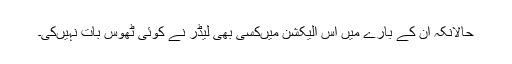
حالانکہ ان کے بارے میں اس الیکشن میںکسی بھی لیڈر نے کوئی ٹھوس بات نہیںکی۔